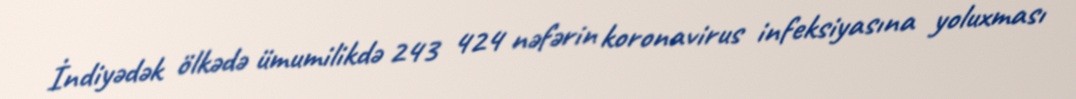
İndiyədək ölkədə ümumilikdə 243 424 nəfərin koronavirus infeksiyasına yoluxması